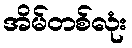
အိမ်တစ်လုံး